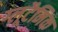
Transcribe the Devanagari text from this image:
ग्लूटैमिक